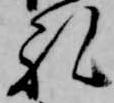
礼